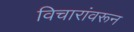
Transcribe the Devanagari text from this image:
विचारांवरून